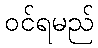
ဝင်ရမည်